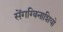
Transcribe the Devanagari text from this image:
सेंगग्विनाशियो